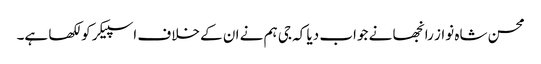
محسن شاہ نواز رانجھا نے جواب دیا کہ جی ہم نے ان کے خلاف اسپیکر کو لکھا ہے۔